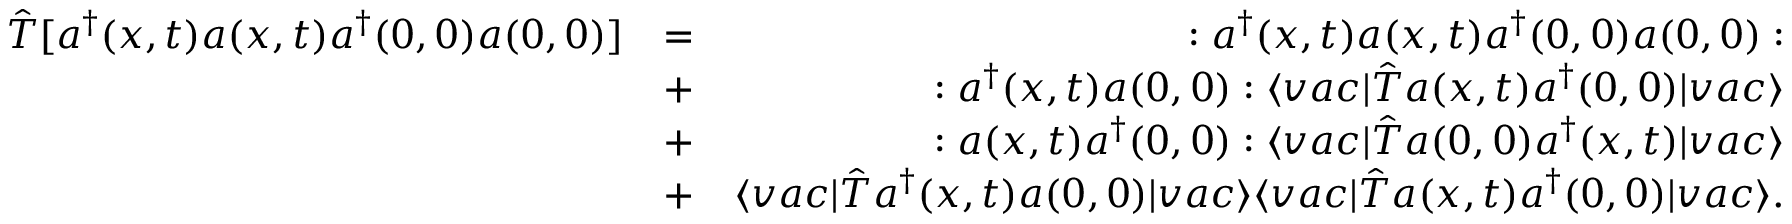
\begin{array} { r l r } { \hat { T } [ a ^ { \dagger } ( x , t ) a ( x , t ) a ^ { \dagger } ( 0 , 0 ) a ( 0 , 0 ) ] } & { = } & { : a ^ { \dagger } ( x , t ) a ( x , t ) a ^ { \dagger } ( 0 , 0 ) a ( 0 , 0 ) : } \\ & { + } & { : a ^ { \dagger } ( x , t ) a ( 0 , 0 ) : \langle v a c \vert \hat { T } a ( x , t ) a ^ { \dagger } ( 0 , 0 ) \vert v a c \rangle } \\ & { + } & { : a ( x , t ) a ^ { \dagger } ( 0 , 0 ) : \langle v a c \vert \hat { T } a ( 0 , 0 ) a ^ { \dagger } ( x , t ) \vert v a c \rangle } \\ & { + } & { \langle v a c \vert \hat { T } a ^ { \dagger } ( x , t ) a ( 0 , 0 ) \vert v a c \rangle \langle v a c \vert \hat { T } a ( x , t ) a ^ { \dagger } ( 0 , 0 ) \vert v a c \rangle . } \end{array}